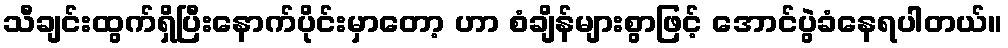
သီချင်းထွက်ရှိပြီးနောက်ပိုင်းမှာတော့ ဟာ စံချိန်များစွာဖြင့် အောင်ပွဲခံနေရပါတယ်။